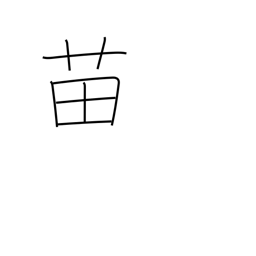
Meaning: seedling